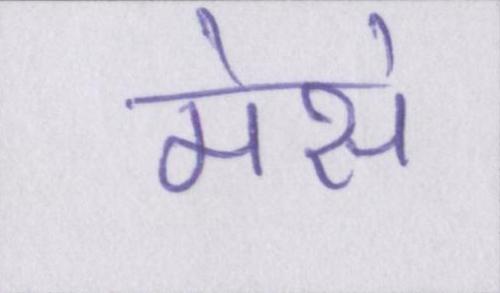
मेसे